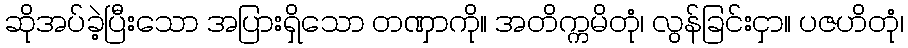
ဆိုအပ်ခဲ့ပြီးသော အပြားရှိသော တဏှာကို။ အတိက္ကမိတုံ၊ လွန်ခြင်းငှာ။ ပဇဟိတုံ၊